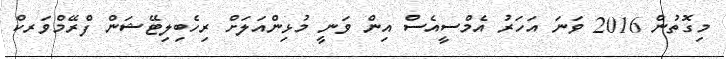
މިގޮތުން 2016 ވަނަ އަހަރު އެމްސީއެސް އިން ވަނީ މުޅިންއަލަށް ރިހެބިލިޓޭޝަން ފްރޭމްވަރކް